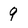
Character: 9